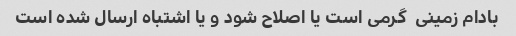
بادام زمینی  گرمی است یا اصلاح شود و یا اشتباه ارسال شده است